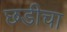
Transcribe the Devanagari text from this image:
छडीचा